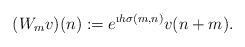
LaTeX: \begin{align*}(W_m v)(n) := e^{\i h {\sigma(m,n)}} v(n + m).\end{align*}